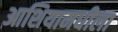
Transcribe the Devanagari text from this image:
आशियामधीला